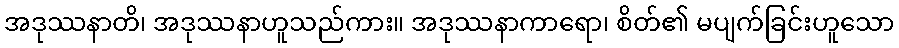
အဒုဿနာတိ၊ အဒုဿနာဟူသည်ကား။ အဒုဿနာကာရော၊ စိတ်၏ မပျက်ခြင်းဟူသော